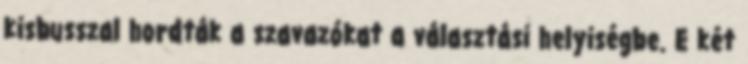
kisbusszal hordták a szavazókat a választási helyiségbe. E két